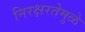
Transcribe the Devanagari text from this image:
निरक्षरतेमुळे